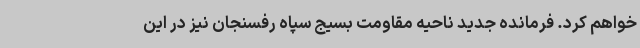
خواهم کرد. فرمانده جدید ناحیه مقاومت بسیج سپاه رفسنجان نیز در این